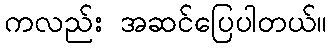
ကလည်း အဆင်ပြေပါတယ်။